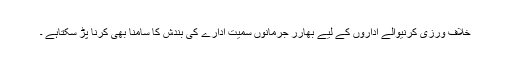
خلاف ورزی کرنیوالے اداروں کے لیے بھارر جرمانوں سمیت ادارے کی بندش کا سامنا بھی کرنا پڑ سکتاہے ۔